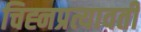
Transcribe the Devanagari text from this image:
चिह्नप्रत्यावर्ती